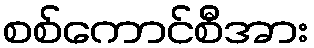
စစ်ကောင်စီအား